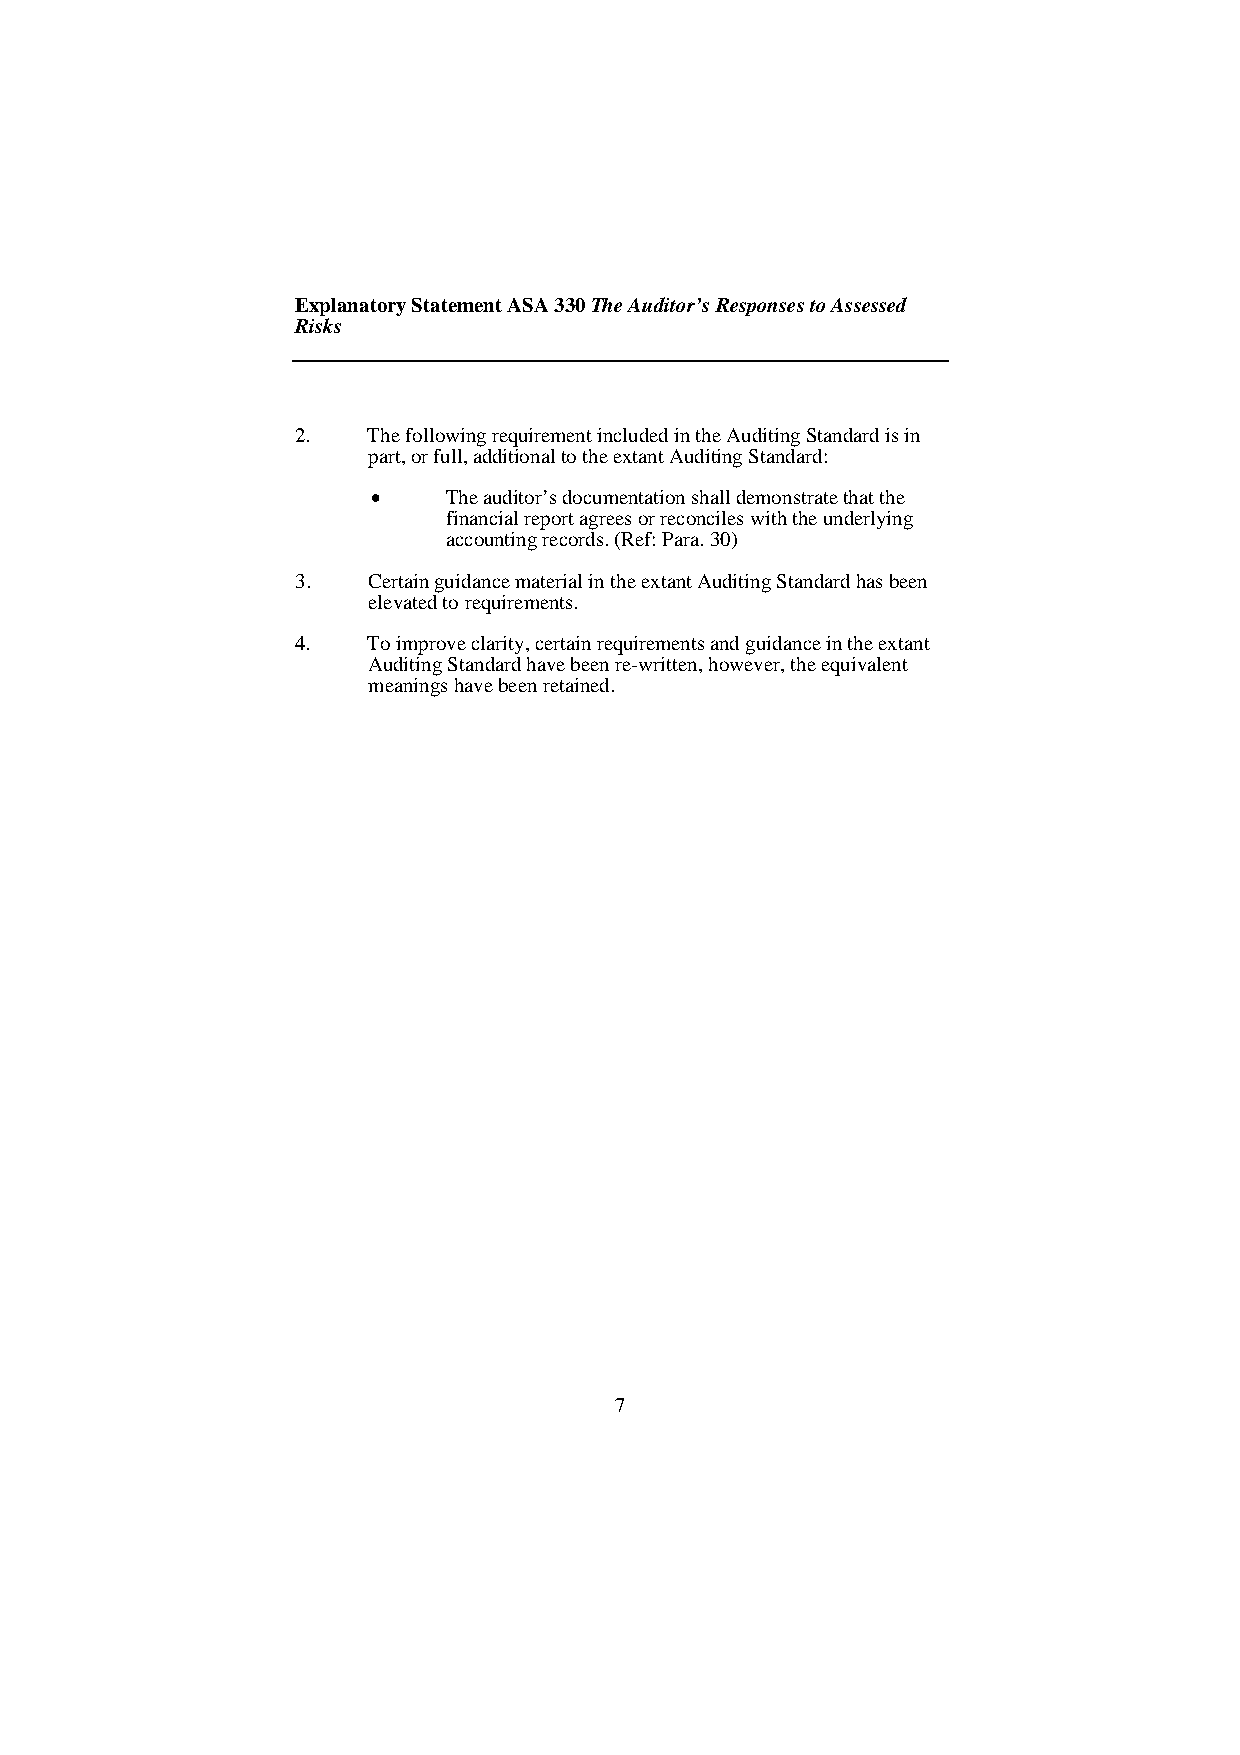
Explanatory Statement ASA 330 The Auditor’s Responses to Assessed
 Risks
 2.  The following requirement included in the Auditing Standard is in
 part, or full, additional to the extant Auditing Standard:
     The auditor’s documentation shall demonstrate that the
 financial report agrees or reconciles with the underlying
 accounting records. (Ref: Para. 30)
 3.  Certain guidance material in the extant Auditing Standard has been
 elevated to requirements.
 4.  To improve clarity, certain requirements and guidance in the extant
 Auditing Standard have been re-written, however, the equivalent
 meanings have been retained.
 7